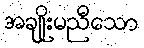
အချိုးမညီသော